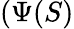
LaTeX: (\Psi(S)